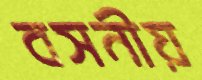
বসনীয়